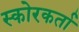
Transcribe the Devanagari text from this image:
स्कोरकर्ता